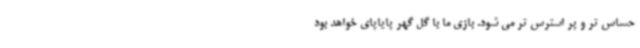
حساس تر و پر استرس تر می شود. بازی ما با گل گهر پایاپای خواهد بود